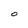
Character: O